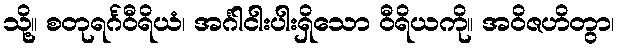
သို့။ စတုရင်္ဂဝီရိယံ၊ အင်္ဂါငါးပါးရှိသော ဝီရိယကို။ အဝိဇဟိတွာ၊